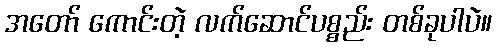
အတော် ကောင်းတဲ့ လက်ဆောင်ပစ္စည်း တစ်ခုပါပဲ။